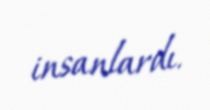
insanlardı.